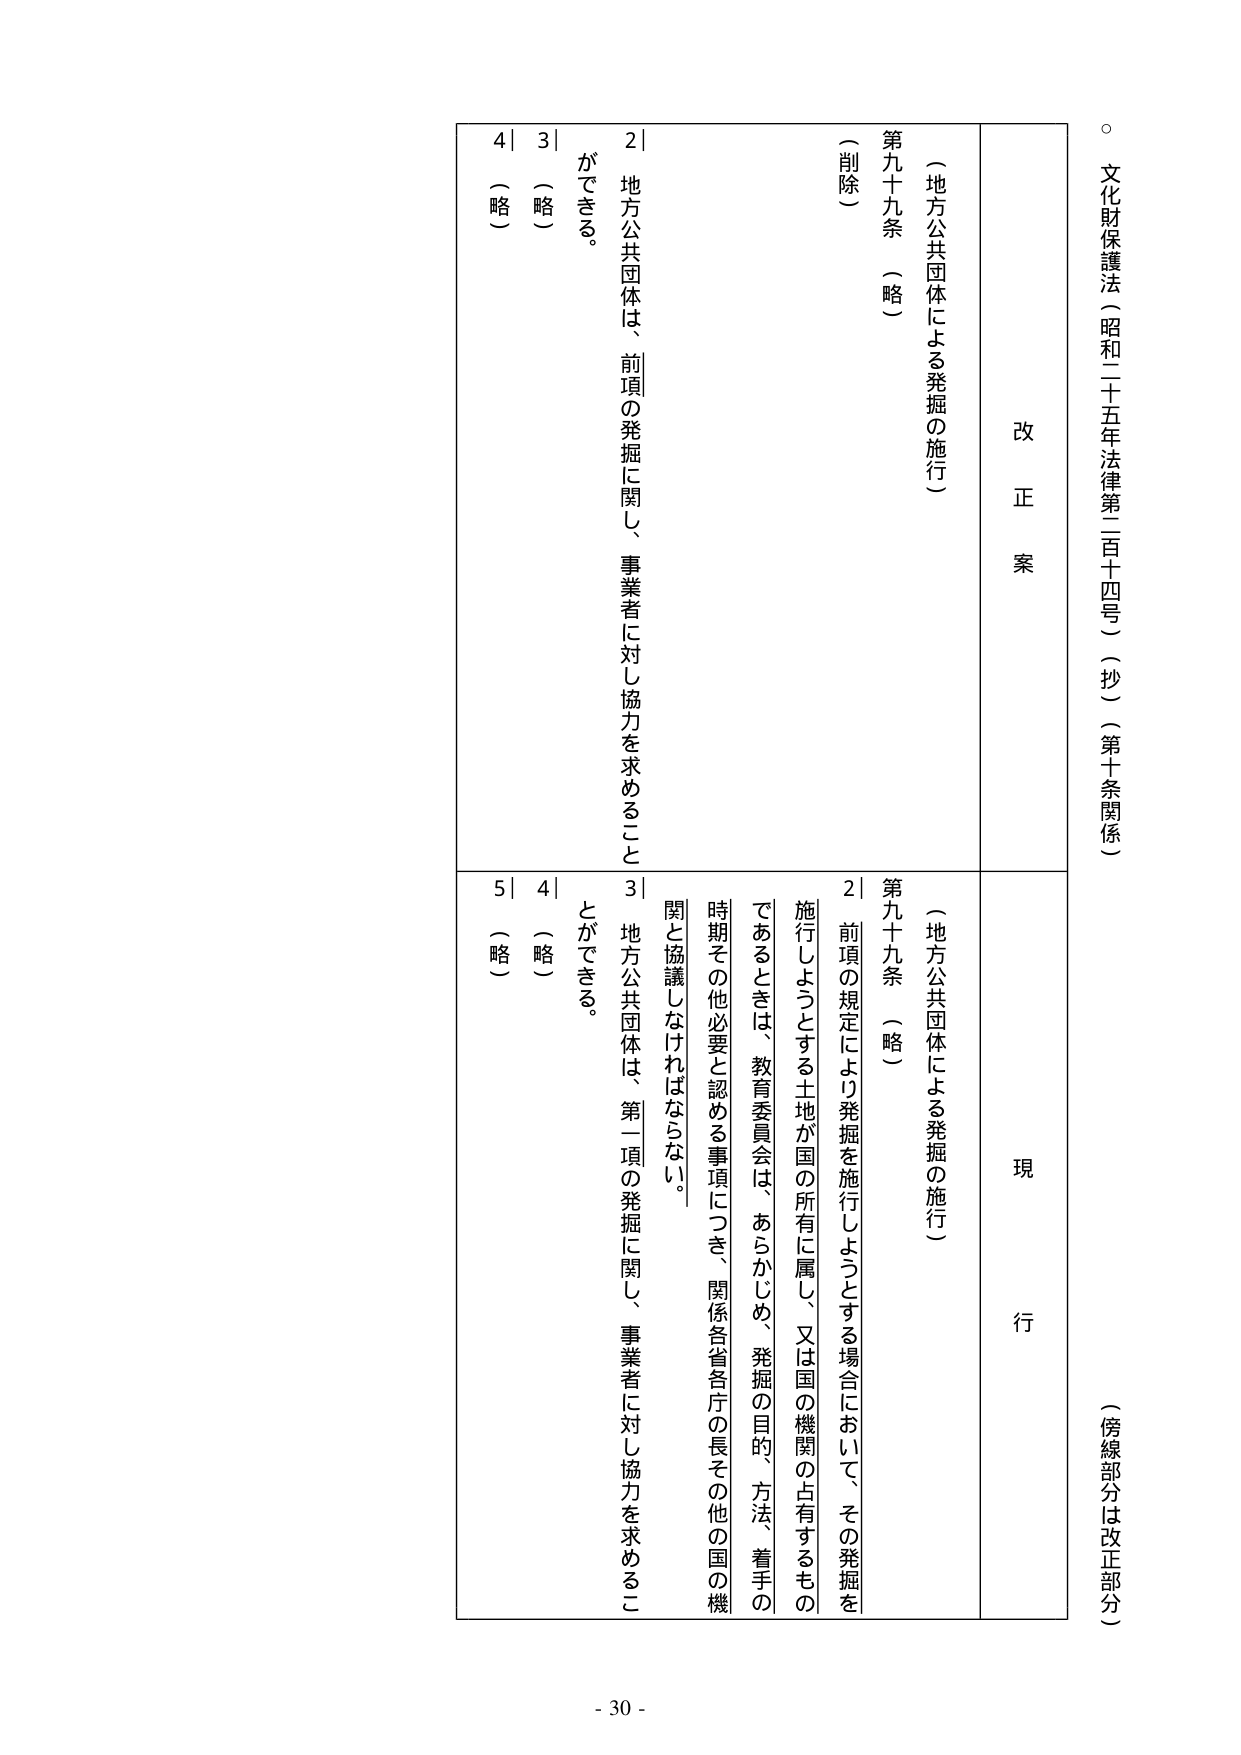
文化財保護法（昭和二十五年法律第三百十四号）（抄）（第十条関係）

（傍線部分は改正部分）

改正案

（地方公共団体による発掘の施行）

第九十九条 （略）

（削除）

2 地方公共団体は、前項の発掘に関して、事業者に対し協力を求めることができる。

3 （略）

4 （略）

現行

（地方公共団体による発掘の施行）

第九十九条 （略）

2 前項の規定により発掘を施行しようとする場合において、その発掘を施行しようとする土地が国の所有に属し、又は国の機関の占有するものであるときは、教育委員会は、あらかじめ、発掘の目的、方法、着手の時期その他必要と認める事項につき、関係各省各庁の長その他の国の機関と協議しなければならない。

3 地方公共団体は、第一項の発掘に関して、事業者に対し協力を求めることができる。

4 （略）

5 （略）

- 30 -